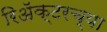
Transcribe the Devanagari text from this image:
रिॲक्टरच्या